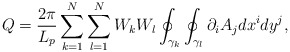
\begin{align*}Q=\frac{2\pi }{L_p}\sum_{k=1}^N\sum_{l=1}^NW_kW_l\oint_{\gamma_k}\oint_{\gamma _l}\partial _iA_jdx^idy^j, \end{align*}